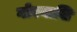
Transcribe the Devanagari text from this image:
गोरयाशि